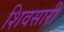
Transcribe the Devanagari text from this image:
शिवसारी